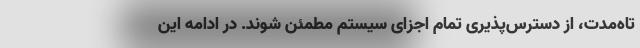
تاه‌مدت، از دسترس‌پذیری تمامِ اجزای سیستم مطمئن شوند. در ادامه این